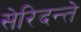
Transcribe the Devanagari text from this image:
सेरिदन्ते